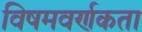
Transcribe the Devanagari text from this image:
विषमवर्णकता